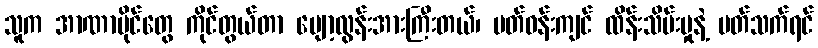
သူက အာဏာပိုင်တွေ ကိုင်တွယ်တာ ပျော့လွန်းအားကြီးတယ်၊ ပတ်ဝန်းကျင် ထိန်းသိမ်းမှုနဲ့ ပတ်သက်ရင်